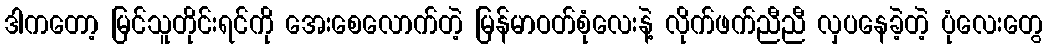
ဒါကတော့ မြင်သူတိုင်းရင်ကို အေးစေလောက်တဲ့ မြန်မာဝတ်စုံလေးနဲ့ လိုက်ဖက်ညီညီ လှပနေခဲ့တဲ့ ပုံလေးတွေ